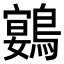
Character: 𮭍